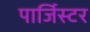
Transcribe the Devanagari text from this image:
पार्जिस्टर